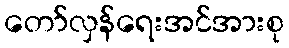
တော်လှန်ရေးအင်အားစု